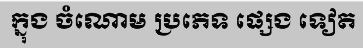
ក្នុង ចំណោម ប្រភេទ ផ្សេង ទៀត